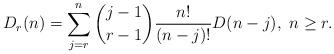
LaTeX: \begin{align*}D_r(n)=\sum_{j=r}^n {j-1\choose r-1}\frac{n!}{(n-j)!}D(n-j),\mbox{ } n\geq r.\end{align*}